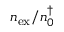
n _ { \mathrm { e x } } / n _ { 0 } ^ { \dagger }